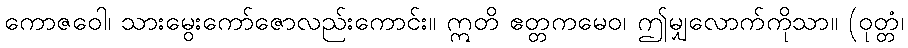
ကောဇဝေါ၊ သားမွေးကော်ဇောလည်းကောင်း။ ဣတိ ဧတ္တကမေဝ၊ ဤမျှလောက်ကိုသာ။ (ဝုတ္တံ၊